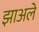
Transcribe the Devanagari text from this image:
झाअले